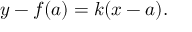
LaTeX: y - f ( a ) = k ( x - a ) .